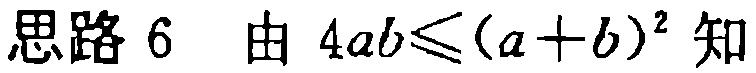
思路 6 由 \(4ab\leqslant(a + b)^2\) 知